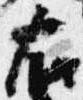
右